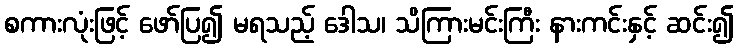
စကားလုံးဖြင့် ဖော်ပြ၍ မရသည့် ဒေါသ၊ သိကြားမင်းကြီး နားကင်းနှင့် ဆင်း၍